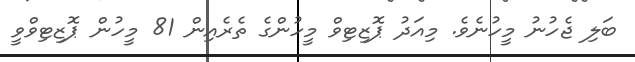
ބަލި ޖެހުނު މީހުނެވެ. މިއަދު ޕޮޒިޓިވް މީހުންގެ ތެރެއިން 81 މީހުން ޕޮޒިޓިވްވީ